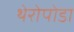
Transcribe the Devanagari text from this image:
थेरोपोडा